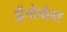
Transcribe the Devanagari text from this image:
ईनोथेरा